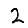
Digit: 2